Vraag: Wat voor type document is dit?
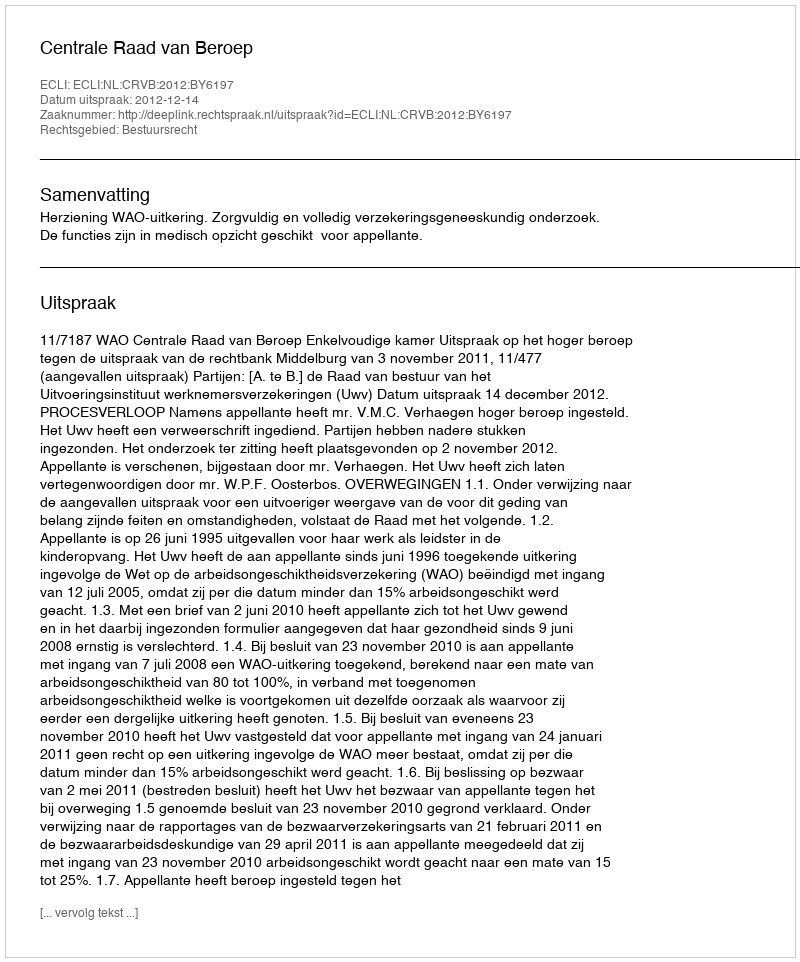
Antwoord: Uitspraak